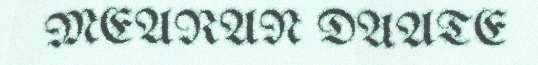
MEARAN DAATE